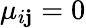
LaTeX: \mu_{i\mathbf{j}}=0